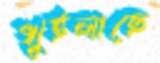
খুইলাছে